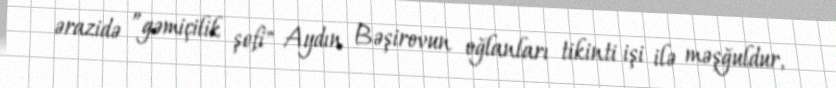
ərazidə ”gəmiçilik şefi" Aydın Bəşirovun oğlanları tikinti işi ilə məşğuldur,